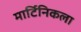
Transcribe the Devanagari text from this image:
मार्टिनिकला